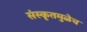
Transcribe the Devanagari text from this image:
संस्कृतमुळेच